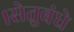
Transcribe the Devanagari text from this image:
।सेतुबंधे